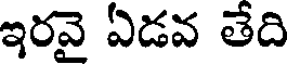
ఇరవై ఏడవ తేది